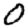
Digit: 0